Eesti_Rahvusfond, lk 45
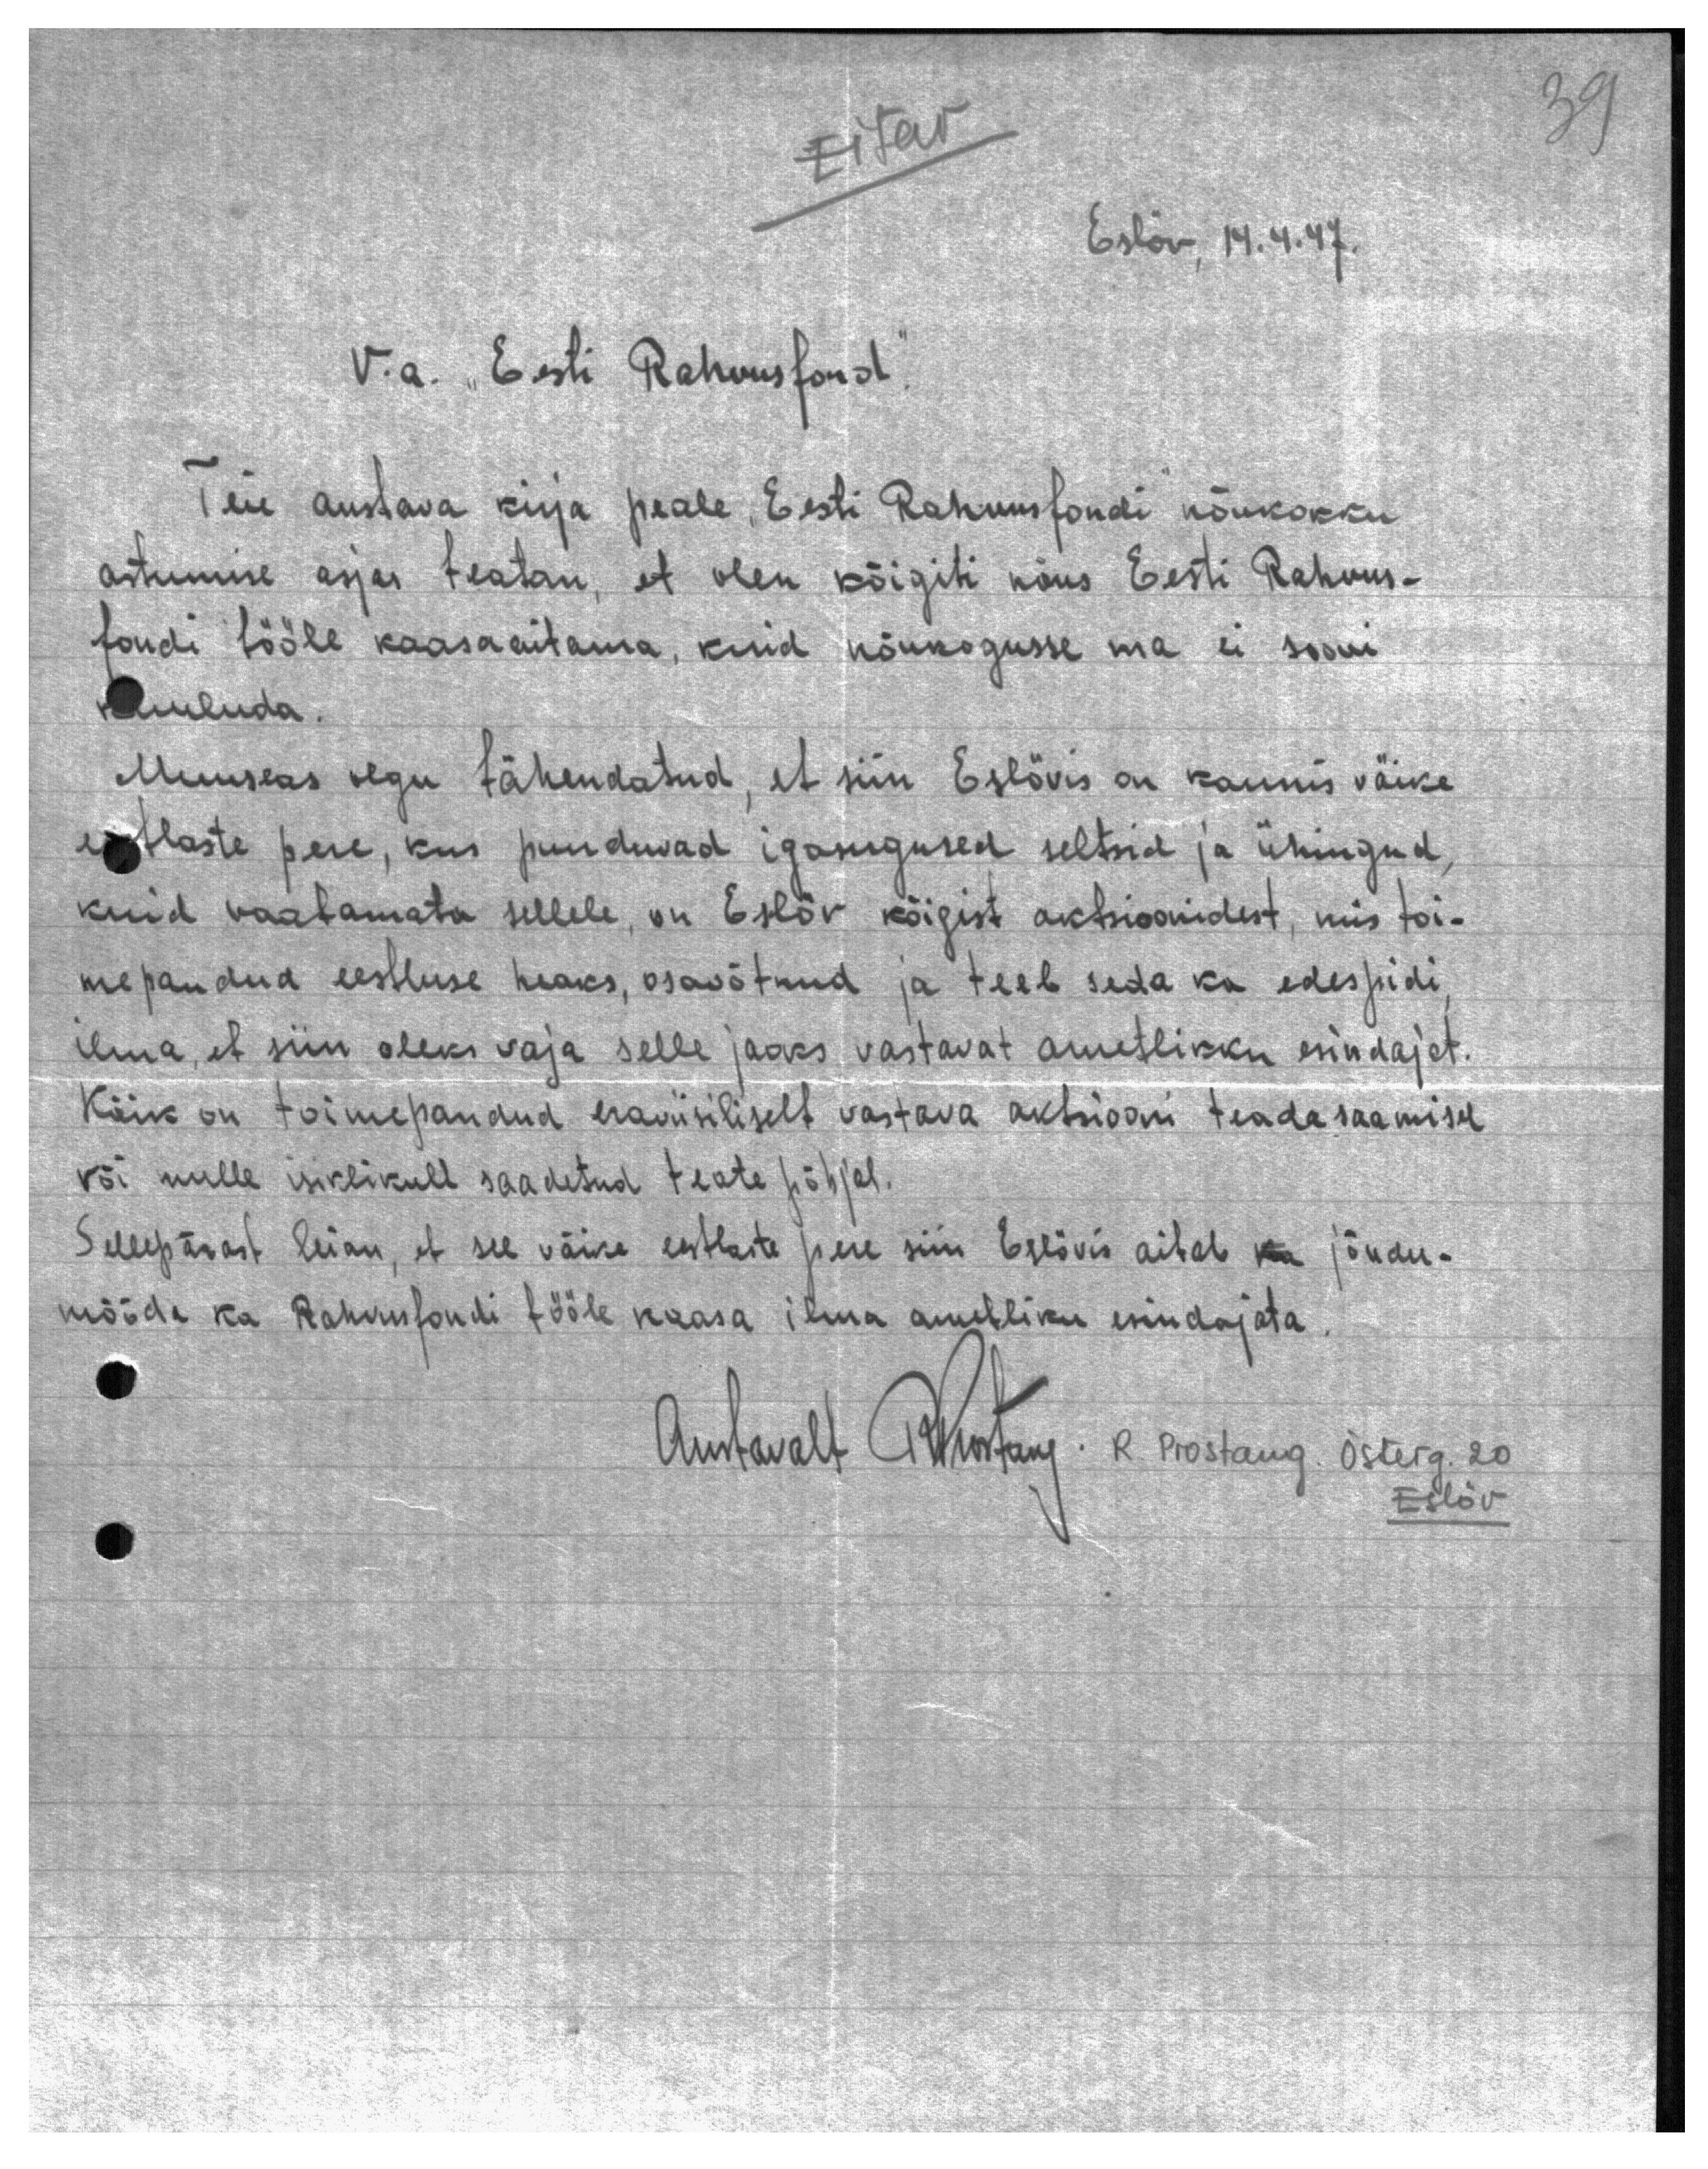
Eitav

39

Eslöv, 14.4.47.

V. a. "Eesti Rahvusfond!

Teie austava kirja peale, Eesti Rahvusfondi nõukokku
astumise asjas teatan, et olen kõigiti nõus Eesti Rahvus-
fondi tööle kaasaaitama, kuid nõukogusse ma ei soovi
kuuluda.
Muuseas olgu tähendatud, et siin Eslövis on kaunis väike
eestlaste pere, kus puuduvad igasugused seltsid ja ühingud,
kuid vaatamata sellele, on Eslöv kõigist aktsioonidest, mis toi-
mepandud eestluse heaks, osavõtnud ja teeb seda ka edespidi,
ilma, et siin oleks vaja selle jaoks vastavat ametlikku esindajat.
Kõik on toimepandud eraviisiliselt vastava aktsiooni teadasaamisel
või mulle isiklikult saadetud teate põhjal.
Sellepärast leian, et see väike eestlaste pere siin Eslövis aitab ka jõudu-
mööda ka Rahvusfondi tööle kaasa ilma ametliku esindajata.
Austavalt R. Prostang . R. Prostang. Österg. 20
Eslöv